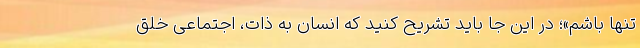
تنها باشم»؛ در این جا باید تشریح کنید که انسان به ذات، اجتماعی خلق